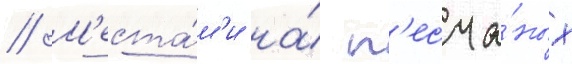
// М'еста́м'и на́ п'есча́ных